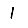
Digit: 1